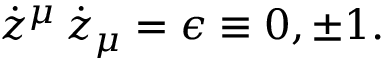
\dot { z } ^ { \mu } \, \dot { z } _ { \mu } = \epsilon \equiv 0 , \pm 1 .